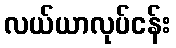
လယ်ယာလုပ်ငန်း